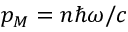
p _ { M } = n \hbar \omega / c